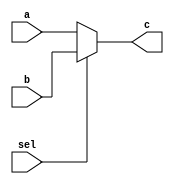
module mux32(a, b, c, sel);
    input sel;
    input [31:0] a, b;
    output reg [31:0] c;
    
    always @(sel or a or b)
    begin
        if(sel == 0)
           c = a;
        else
           c = b;
    end
endmodule